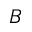
B